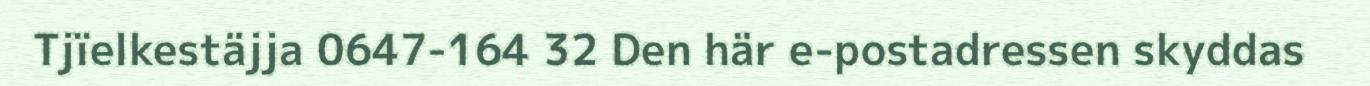
Tjïelkestäjja 0647-164 32 Den här e-postadressen skyddas